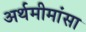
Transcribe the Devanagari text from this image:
अर्थमीमांसा